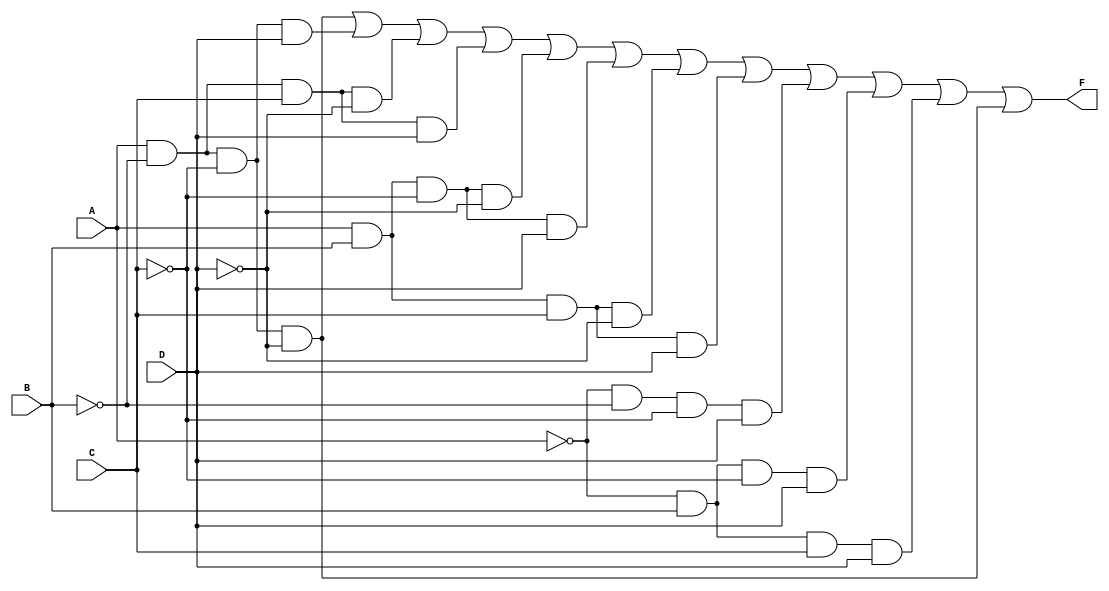
module kmap_4var (
    input wire A,  // Input variable A
    input wire B,  // Input variable B
    input wire C,  // Input variable C
    input wire D,  // Input variable D
    output wire F   // Output function F
);

// Combinational logic to implement the K-map
assign F = (A & ~B & ~C & ~D) |  // Cell (00, 00)
           (A & ~B & ~C & D)  |  // Cell (00, 01)
           (A & ~B & C & ~D)  |  // Cell (00, 10)
           (A & ~B & C & D)   |  // Cell (00, 11)
           (A & B & ~C & ~D)  |  // Cell (01, 00)
           (A & B & ~C & D)   |  // Cell (01, 01)
           (A & B & C & ~D)   |  // Cell (01, 10)
           (A & B & C & D)    |  // Cell (01, 11)
           (~A & ~B & ~C & D) |  // Cell (10, 01)
           (~A & B & ~C & D)  |  // Cell (10, 01)
           (~A & B & C & D)   |  // Cell (10, 11)
           (A & ~B & ~C & ~D); // Cell (11, 00)

// Note: The above logic should be modified based on the specific K-map configuration you want to implement.
// The comments indicate the corresponding K-map cell for each product term.

endmodule